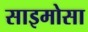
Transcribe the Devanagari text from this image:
साइमोसा